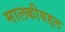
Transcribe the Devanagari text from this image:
मालकीबद्दल